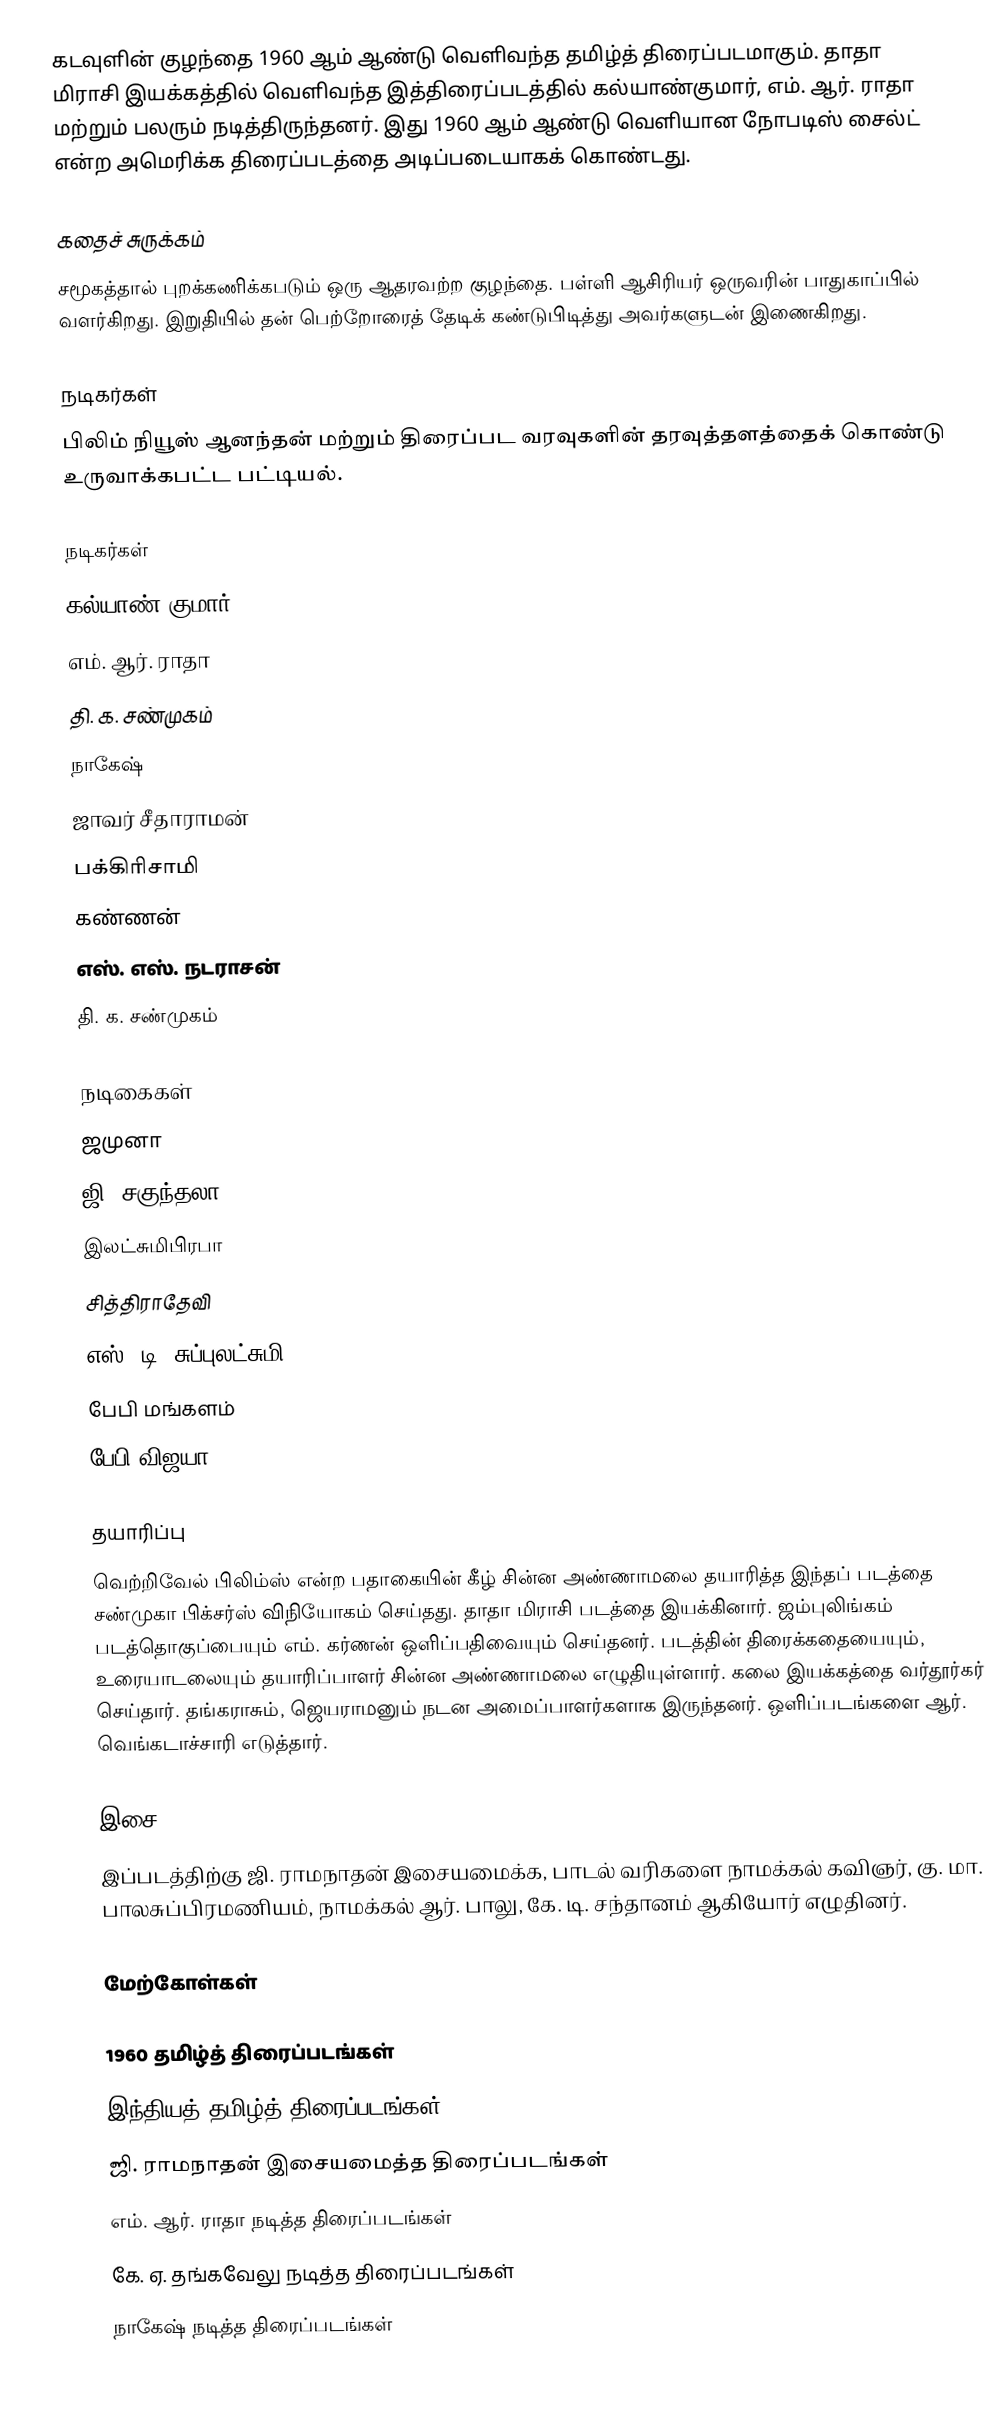
கடவுளின் குழந்தை 1960 ஆம் ஆண்டு வெளிவந்த தமிழ்த் திரைப்படமாகும். தாதா மிராசி இயக்கத்தில் வெளிவந்த இத்திரைப்படத்தில் கல்யாண்குமார், எம். ஆர். ராதா மற்றும் பலரும் நடித்திருந்தனர். இது 1960 ஆம் ஆண்டு வெளியான நோபடிஸ் சைல்ட் என்ற அமெரிக்க திரைப்படத்தை அடிப்படையாகக் கொண்டது.

கதைச் சுருக்கம்
சமூகத்தால் புறக்கணிக்கபடும் ஒரு ஆதரவற்ற குழந்தை. பள்ளி ஆசிரியர் ஒருவரின் பாதுகாப்பில் வளர்கிறது. இறுதியில் தன் பெற்றோரைத் தேடிக் கண்டுபிடித்து அவர்களுடன் இணைகிறது.

நடிகர்கள்
பிலிம் நியூஸ் ஆனந்தன் மற்றும் திரைப்பட வரவுகளின் தரவுத்தளத்தைக் கொண்டு உருவாக்கபட்ட பட்டியல்.

நடிகர்கள்
கல்யாண் குமார்
எம். ஆர். ராதா
தி. க. சண்முகம்
நாகேஷ்
ஜாவர் சீதாராமன்
பக்கிரிசாமி
கண்ணன்
எஸ். எஸ். நடராசன்
தி. க. சண்முகம்

நடிகைகள்
ஜமுனா
ஜி. சகுந்தலா
இலட்சுமிபிரபா
சித்திராதேவி
எஸ். டி. சுப்புலட்சுமி
பேபி மங்களம்
பேபி விஜயா

தயாரிப்பு
வெற்றிவேல் பிலிம்ஸ் என்ற பதாகையின் கீழ் சின்ன அண்ணாமலை தயாரித்த இந்தப் படத்தை சண்முகா பிக்சர்ஸ் விநியோகம் செய்தது. தாதா மிராசி படத்தை இயக்கினார். ஜம்புலிங்கம் படத்தொகுப்பையும் எம். கர்ணன் ஒளிப்பதிவையும் செய்தனர். படத்தின் திரைக்கதையையும், உரையாடலையும் தயாரிப்பாளர் சின்ன அண்ணாமலை எழுதியுள்ளார். கலை இயக்கத்தை வர்தூர்கர் செய்தார். தங்கராசும், ஜெயராமனும் நடன அமைப்பாளர்களாக இருந்தனர். ஒளிப்படங்களை ஆர். வெங்கடாச்சாரி எடுத்தார்.

இசை
இப்படத்திற்கு ஜி. ராமநாதன் இசையமைக்க, பாடல் வரிகளை நாமக்கல் கவிஞர், கு. மா. பாலசுப்பிரமணியம், நாமக்கல் ஆர். பாலு, கே. டி. சந்தானம் ஆகியோர் எழுதினர்.

மேற்கோள்கள்

1960 தமிழ்த் திரைப்படங்கள்
இந்தியத் தமிழ்த் திரைப்படங்கள்
ஜி. ராமநாதன் இசையமைத்த திரைப்படங்கள்
எம். ஆர். ராதா நடித்த திரைப்படங்கள்
கே. ஏ. தங்கவேலு நடித்த திரைப்படங்கள்
நாகேஷ் நடித்த திரைப்படங்கள்